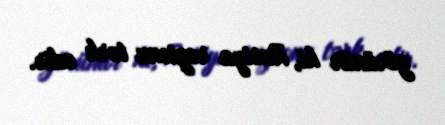
görünür ki, Rusiya regionu tərk edir.